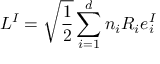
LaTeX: L ^ { I } = \sqrt \frac { 1 } { 2 } \sum _ { i = 1 } ^ { d } n _ { i } R _ { i } e _ { i } ^ { I }